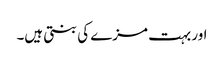
اور بہت مزے کی بنتی ہیں۔